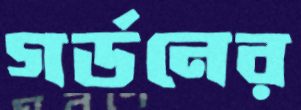
গর্ডনের